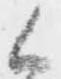
候